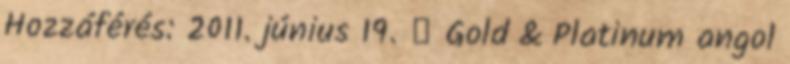
Hozzáférés: 2011. június 19. ↑ Gold & Platinum angol